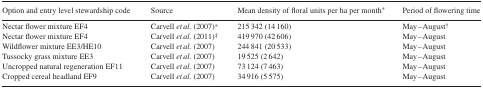
| Option and entry level stewardship code | Source | Mean density of floral units per ha per month* | Period of flowering time |
 | --- | --- | --- | --- |
 | Nectar flower mixture EF4 | Carvell et al. (2007)* | 215 342 (14 160) | May–August† |
 | Nectar flower mixture EF4 | Carvell et al. (2011)‡ | 419 970 (42 606) | May–August |
 | Wildflower mixture EE3/HE10 | Carvell et al. (2007) | 244 841 (20 533) | May–August |
 | Tussocky grass mixture EE3 | Carvell et al. (2007) | 19 525 (2 642) | May–August |
 | Uncropped natural regeneration EF11 | Carvell et al. (2007) | 73 124 (7 463) | May–August |
 | Cropped cereal headland EF9 | Carvell et al. (2007) | 34 916 (5 575) | May–August |